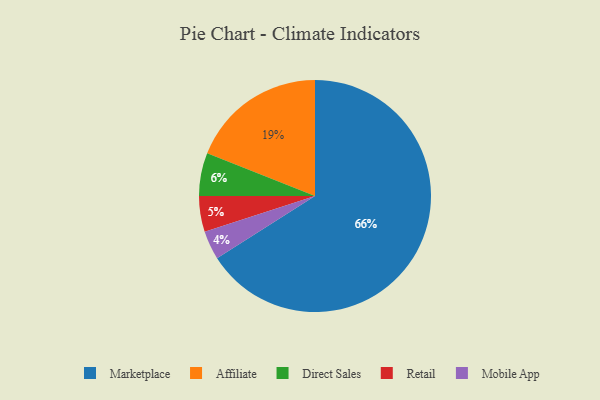
{"axis": {"x": "Category", "y": "Percentage"}, "legend": ["Affiliate", "Direct Sales", "Marketplace", "Mobile App", "Retail"], "data": [{"x": "Direct Sales", "y": 6, "type": "Direct Sales"}, {"x": "Affiliate", "y": 19, "type": "Affiliate"}, {"x": "Marketplace", "y": 66, "type": "Marketplace"}, {"x": "Retail", "y": 5, "type": "Retail"}, {"x": "Mobile App", "y": 4, "type": "Mobile App"}]}